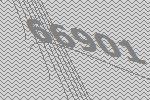
66901